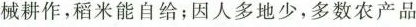
械耕作，稻米能自给；因人多地少，多数农产品